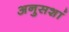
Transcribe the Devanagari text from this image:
अनुसशां